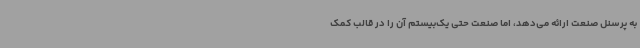
به پرسنل صنعت ارائه می‌دهد، اما صنعت حتی یک‌بیستم آن را در قالب کمک